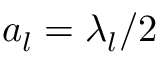
a _ { l } = \lambda _ { l } / 2